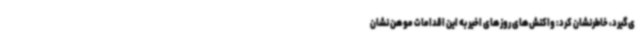
ی‌گیرد، خاطرنشان کرد: واکنش‌های روزهای اخیر به این اقدامات موهن نشان